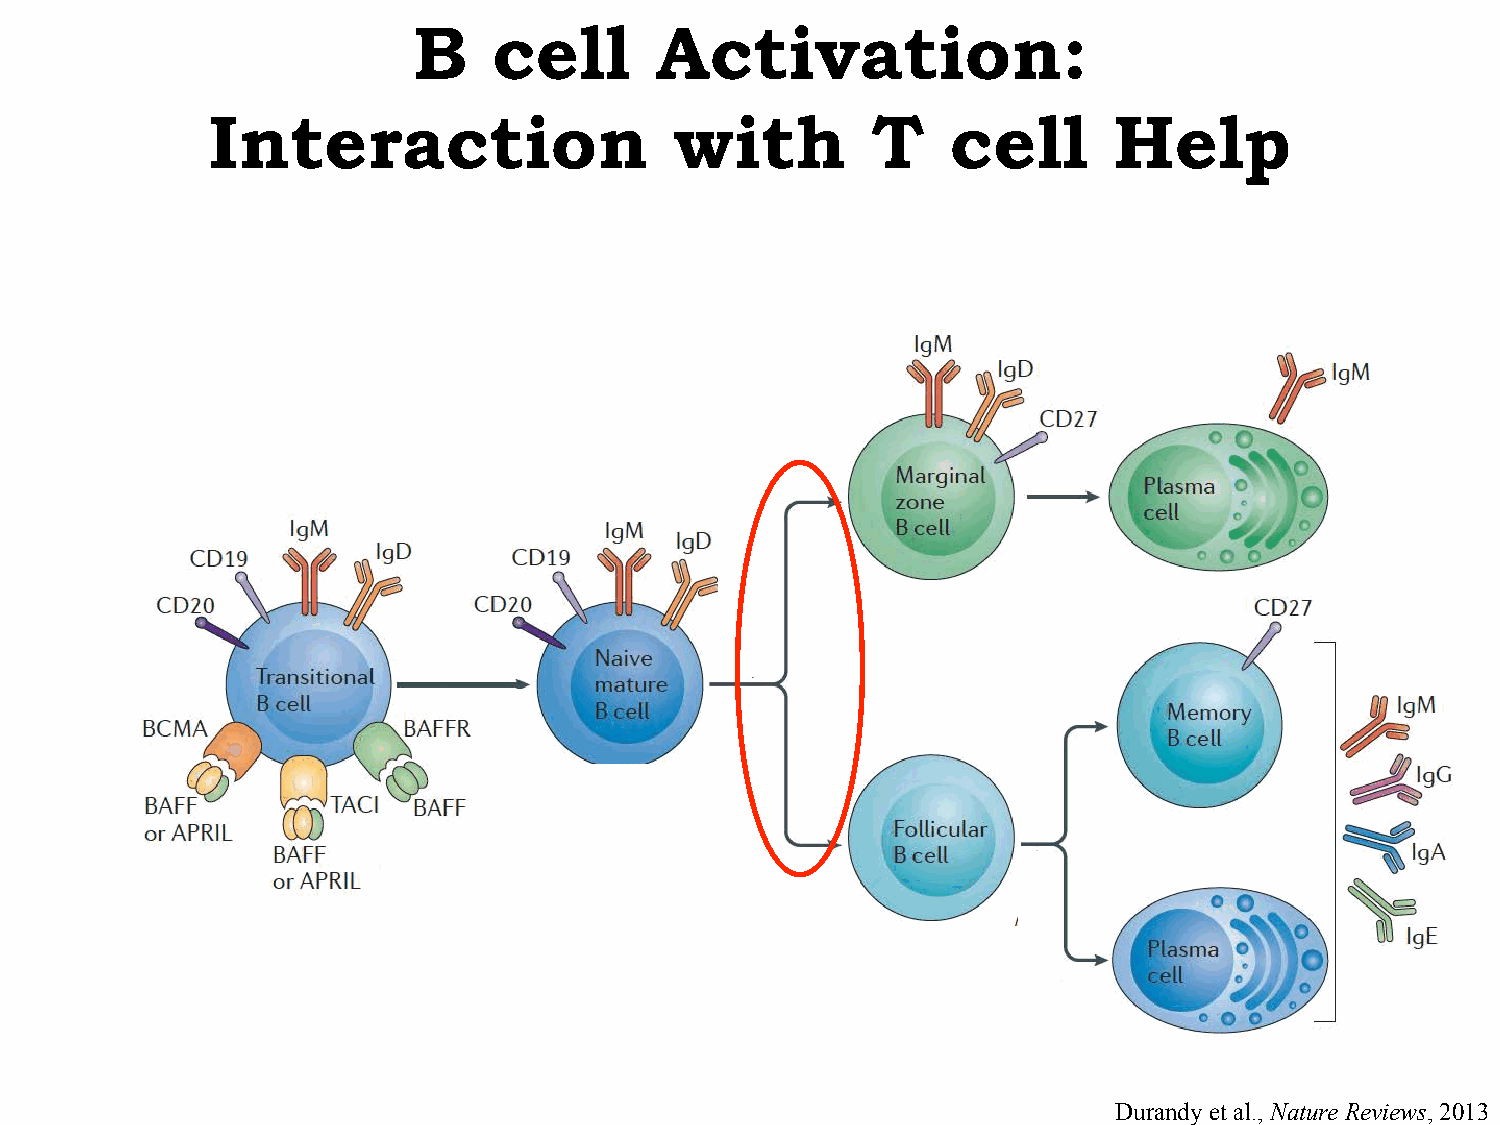
B     cell      Activation:
 Interaction                    with         T    cell       Help
 Durandy et al., Nature Reviews, 2013